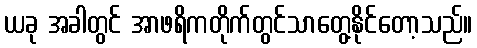
ယခု အခါတွင် အာဖရိကတိုက်တွင်သာတွေ့နိုင်တော့သည်။